King Institute of Preventive Medicine Bacteriolog. Section reports 1907-08
Year: 1907
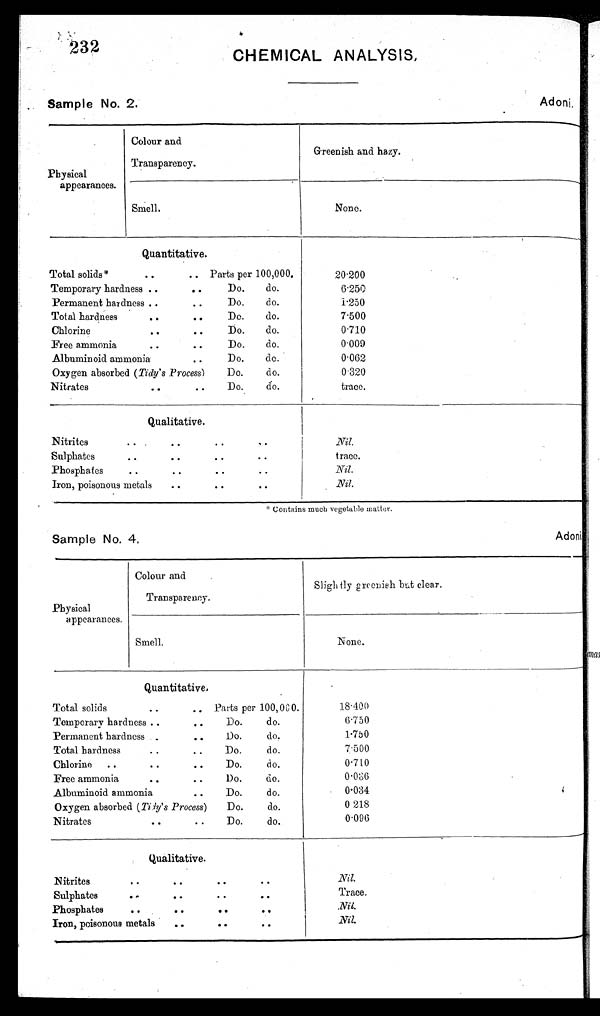
232
CHEMICAL ANALYSIS,
Sample No. 2.
Adoni.
Physical
appearances.
Colour and
Transparency.
Greenish and hazy.
Smell.
None.
Quantitative.
20.200
6.250
1.250
7.500
0.710
0.009
0.062
0.320
trace.
Total solids*
. . ..
Parts per 100,000.
Temporary hardness ..
. .
Permanent hardness ..
. .
Total hardness
. . . .
Chlorine
. . . .
Free ammonia
. . ..
Albuminoid ammonia..
Oxygen absorbed (Tidy's Process)
Nitrates
..
. .
Do.
Do.
Do.
Do.
Do.
Do.
Do.
do.
do.
do.
do.
do.
do.
do.
do.
Qualitative.
Nil.
trace.
Nil.
. Nil.
Nitrites
. .
Sulphates
. .
Phosphates. .
Iron, poisonous metals
. .
. .
. .
..
. .
. .
. .
. .
..
. .
. .
..
a Contains much vegetable matter.
Sample No. 4.
Adoni
Physical
appearances.
Colour and
Transparency.
Slightly greenish but clear.
Smell.
None.
Quantitative.
18.400 6.750
1.750
7.500
0.710
0.036
0.034
0.218
0.096
Total solids..
..
Temporary hardness . .. .
Permanent hardness .. .
. .
Total hardness..
Chlorine
... .
..
Free ammonia
..
. .
Albuminoid ammonia
. .
Oxygen absorbed (Tidy's Process)
Nitrates
. . . .
P a r t s p e r
Do.
Do.
Do.
Do.
Do.
Do.
Do.
100,000.
do.
do.
do.
do.
do.
do.
do.
do.
Qualitative.
Nitrites
..
..
..
. .
Sulphates
. .
..
..
. .
Phosphates
. . . . . . . .
Iron, poisonous metals
. .
. .
. .
Nil.
Trace.
Nil.
Nil.